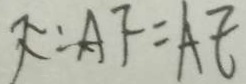
F \because A F = A E